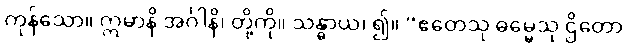
ကုန်သော။ ဣမာနိ အင်္ဂါနိ၊ တို့ကို။ သန္ဓာယ၊ ၍။ “ဧတေသု ဓမ္မေသု ဌိတော